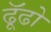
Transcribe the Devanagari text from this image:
ढूॅढो